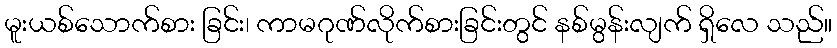
မူးယစ်သောက်စား ခြင်း၊ ကာမဂုဏ်လိုက်စားခြင်းတွင် နစ်မွန်းလျက် ရှိလေ သည်။